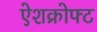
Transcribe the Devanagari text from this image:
ऐशक्रोफ्ट